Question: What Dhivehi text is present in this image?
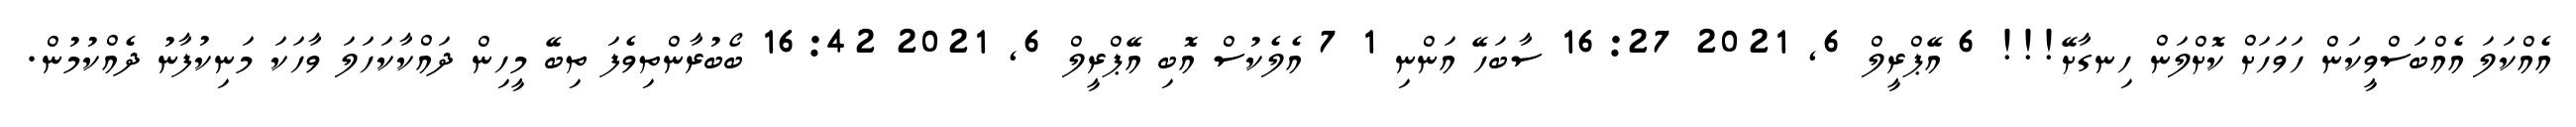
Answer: އެއްކަލަ އެއްބަސްވީކަން ހަވަހަށް ކޮށްލަން ހިނގާށޭ!!! 6 އޭޕްރީލް 6, 2021 16:27 ސާބަހޭ އަންނި 1 7 އެލެކުސް އޮބި އޭޕްރީލް 6, 2021 16:42 ބޯބުރާންތިވެފަ ތިބޭ މީހިން ދައްކާކަހަލަ ވާހަކަ މަނިކުފާނު ދެއްކުމުން.